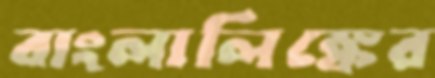
বাংলালিঙ্কের